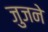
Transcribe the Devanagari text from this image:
जुजने